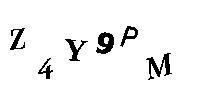
Z4Y9PM